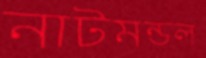
নাটমন্ডল